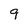
Character: 9